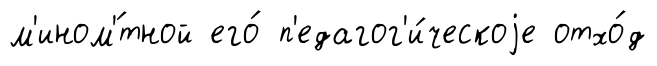
м'ином'́тной его́ п'едагог'и́ческоjе отхо́д